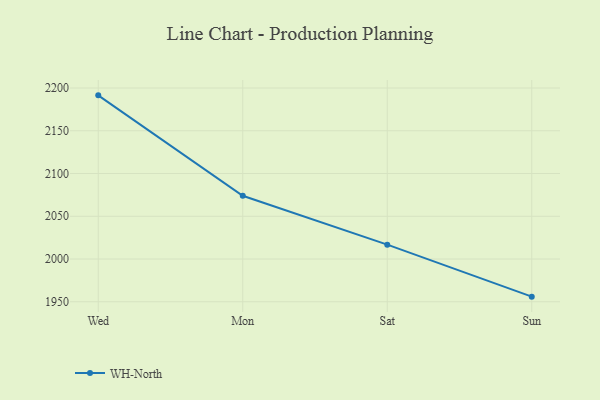
{"axis": {"x": "Day", "y": "Backlog"}, "legend": ["WH-North"], "data": [{"x": "Wed", "y": 2191.4, "type": "WH-North"}, {"x": "Mon", "y": 2074.0, "type": "WH-North"}, {"x": "Sat", "y": 2016.8, "type": "WH-North"}, {"x": "Sun", "y": 1956.0, "type": "WH-North"}]}